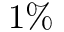
1 \%